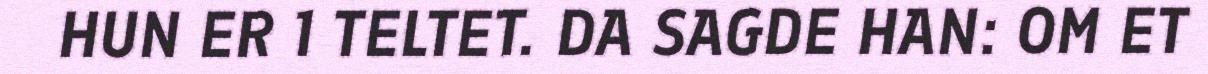
HUN ER 1 TELTET. DA SAGDE HAN: OM ET